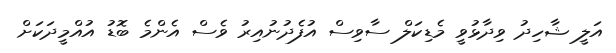
އަލީ ޝާހިދު ވިދާޅުވީ މެޑިކަލް ސާވިސް އުފެދުނުއިރު ވެސް އެންމެ ބޮޑު އުއްމީދަކަށް